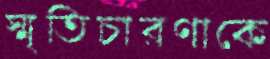
স্মৃতিচারণাকে